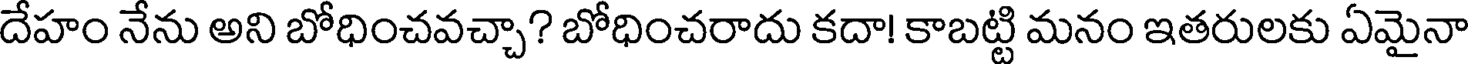
దేహం నేను అని బోధించవచ్చా? బోధించరాదు కదా! కాబట్టి మనం ఇతరులకు ఏమైనా